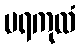
ပရကုလံ